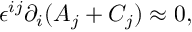
\epsilon ^ { i j } \partial _ { i } ( A _ { j } + C _ { j } ) \approx 0 ,